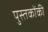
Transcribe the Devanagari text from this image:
पुस्‍तकोंकी